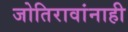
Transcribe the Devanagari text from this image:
जोतिरावांनाही